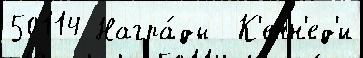
50114 Награ́ды  К'енн'ед'и